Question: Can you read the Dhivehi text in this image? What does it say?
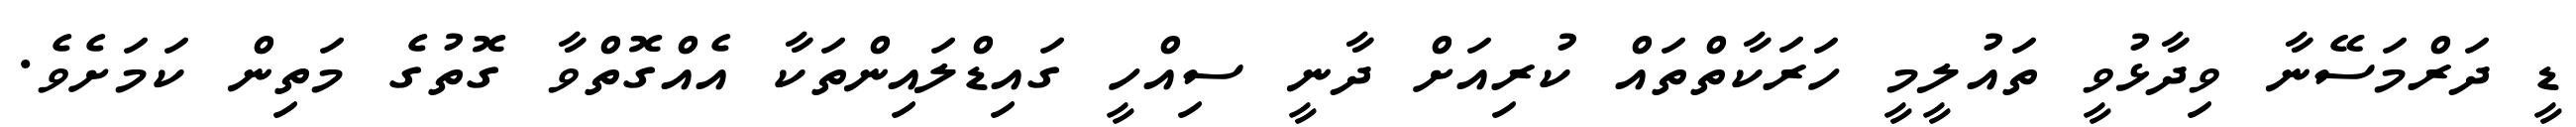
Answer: ޑީ ދަރްމަސޭނާ ވިދާޅުވީ ތައުލީމީ ހަރަކާތްތައް ކުރިއަށް ދާނީ ސިއްހީ ގައިޑްލައިންތަކާ އެއްގޮތްވާ ގޮތުގެ މަތިން ކަމަށެވެ.